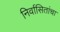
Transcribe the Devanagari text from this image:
निर्वासितांचा